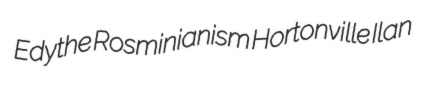
Edythe Rosminianism Hortonville Ilan